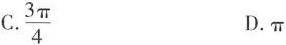
C.\frac{3 \pi}{4}D.π